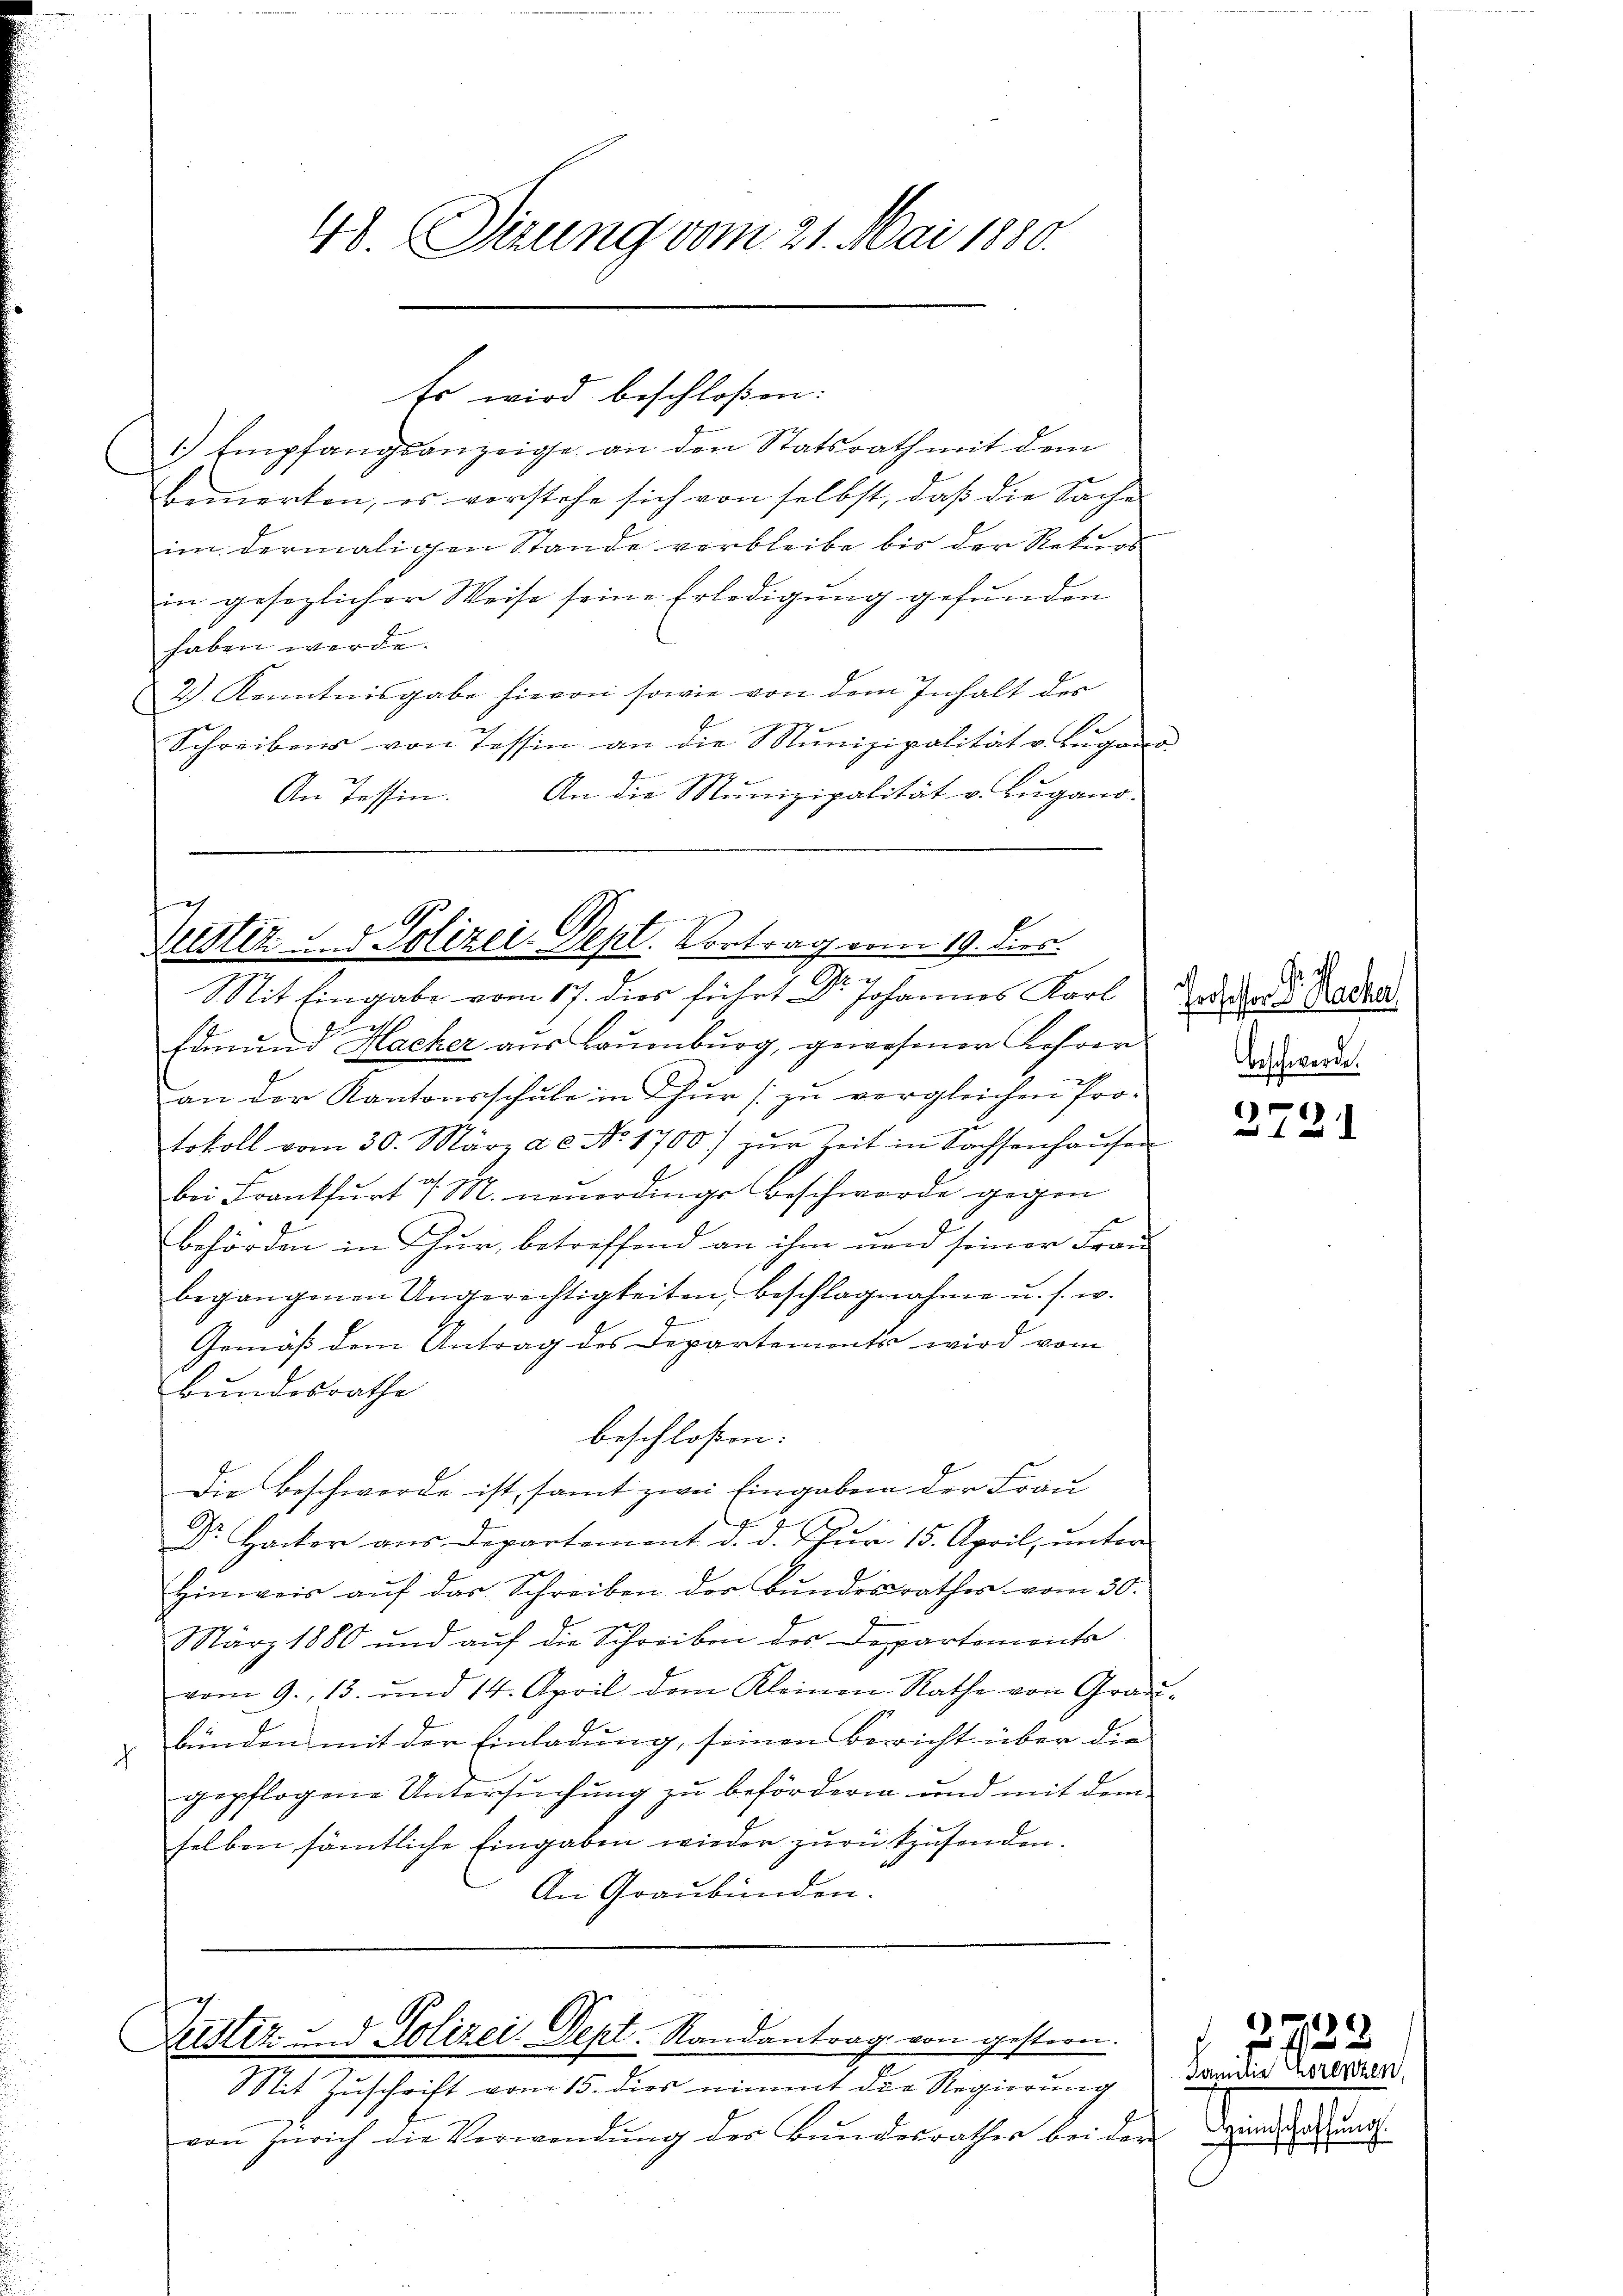
1.) Empfangsanzeige an den Statsrath mit dem
Bemerken, es verstehe sich von selbst, daß die Sache
im dermaligen Stande verbleibe bis der Rekurs
in gesezlicher Weise seine Erledigung gefunden
haben werde.
2.) Kenntnisgabe hievon sowie von dem Inhalt des
Schreibens von Tessin an die Munizipalität v. Lugano
An die Munizipalität v. Lugano-
An Tessin.

48. Sizung vom 21. Mai 1880.

Es wird beschloßen:

Justiz & Polizei-Dept. Vortrag vom 19. dies
Mit Eingabe vom 17. dies führt Dr. Johannes Karl Euer d. Rector

Zustiz - Polizei Dept. Randantrag von gestern.
Stit Zuschrift vom 15. dies nimmt die Regierung

von Zürich die Verwendŭng der Bŭnderrasser bei der Deine

h
E
Edmund Macher aŭs Baŭenbŭrg, gewesener Kehren
an der Kantonsschule in Zur [zu vergleichen Pro-
tokoll vom 30. März a. c. No. 1700) zŭr Zeit in Sachsenhaŭsen
bei Frankfurt v. M. neuerdings Beschwerde gegen
behörden in Thur, betreffend an ihm und seiner Frau
begangenen Ungerechtigkeiten, beschlagnahme u. s. w.
Gemäß dem Antrag des Departements wird vom
Bundesrathe
beschlossen:
Die Beschwerde ist, samt zwei Eingaben der Frau
Dr. Hocker aus Departemont d. d. Jur. 15. April, unter
Hinweis auf das Schreiben der Bundesrathes vom 30.
März 1880 und auf die Schreiben des Departements
vom 9. 13. und 14. April dem Kleinen Rathe von Graubünden mit der Einladung, seinen Bericht über die
ch
gepflogene Untersuchung zu befördern und mit dem
selben sämtliche Eingaben wieder zurückzusenden.
An Graubünden.

beschwerde.

2721

Familie Lorenzen

722